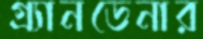
গ্র্যানডেনার